Vaccination in Bombay 1889-1901 - 1889-1901
Year: 1889
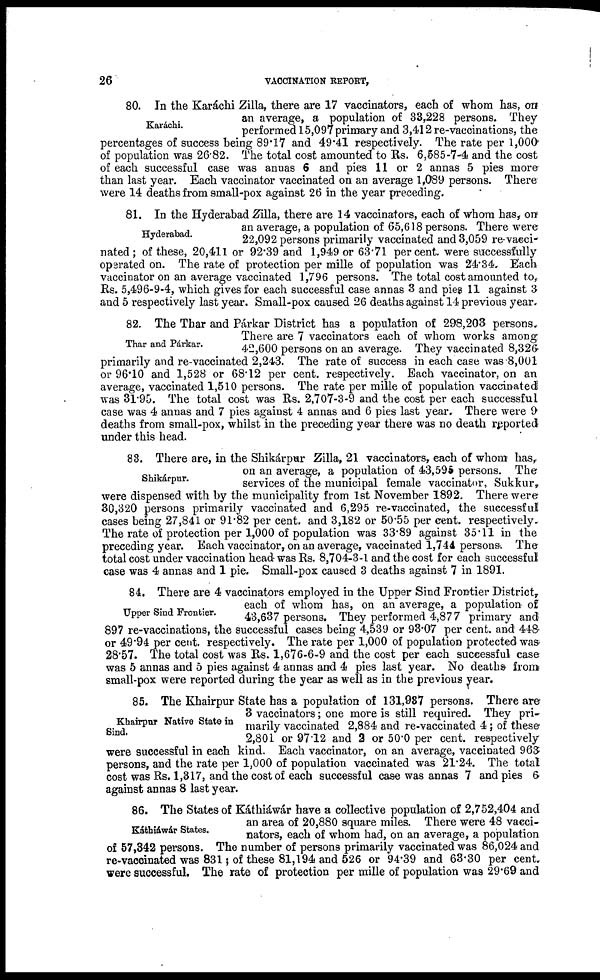
26
VACCINATION REPORT,
Karáchi.
80. In the Karáchi Zilla, there are 17 vaccinators, each of whom has, on
an average, a population of 33,228 persons. They
performed 15,097 primary and 3,412 re-vaccinations, the
percentages of success being 89.17 and 49.41 respectively. The rate per 1,000
of population was 26.82. The total cost amounted to Rs. 6,585-7-4 and the cost
of each successful case was annas 6 and pies 11 or 2 annas 5 pies more
than last year. Each vaccinator vaccinated on an average 1,089 persons. There
were 14 deaths from small-pox against 26 in the year preceding.
Hyderabad.
81. In the Hyderabad Zilla, there are 14 vaccinators, each of whom has, on
an average, a population of 65,618 persons. There were
22,092 persons primarily vaccinated and 3,059 re-vacci-
nated ; of these, 20,411 or 92.39 and 1,949 or 63.71 per cent. were successfully
operated on. The rate of protection per mille of population was 24.34. Each
vaccinator on an average vaccinated 1,796 persons. The total cost amounted to,
Rs. 5,496-9-4, which gives for each successful case annas 3 and pies 11 against 3
and 5 respectively last year. Small-pox caused 26 deaths against 14 previous year.
Thar and Párkar.
82. The Thar and Párkar District has a population of 298,203 persons.
There are 7 vaccinators each of whom works among
42,600 persons on an average. They vaccinated 8,326
primarily and re-vaccinated 2,243. The rate of success in each case was 8,001
or 96.10 and 1,528 or 68.12 per cent. respectively. Each vaccinator, on an
average, vaccinated 1,510 persons. The rate per mille of population vaccinated
was 31.95. The total cost was Rs. 2,707-3-9 and the cost per each successful
case was 4 annas and 7 pies against 4 annas and 6 pies last year. There were 9
deaths from small-pox, whilst in the preceding year there was no death reported
under this head.
Shikárpur.
83. There are, in the Shikárpur Zilla, 21 vaccinators, each of whom has,
on an average, a population of 43,595 persons. The
services of the municipal female vaccinator, Sukkur,
were dispensed with by the municipality from 1st November 1892. There were
30,320 persons primarily vaccinated and 6,295 re-vaccinated, the successful
cases being 27,841 or 91.82 per cent. and 3,182 or 50.55 per cent. respectively.
The rate of protection per 1,000 of population was 33.89 against 35.11 in the
preceding year. Each vaccinator, on an average, vaccinated 1,744 persons. The
total cost under vaccination head was Rs. 8,704-3-1 and the cost for each successful
case was 4 annas and 1 pie. Small-pox caused 3 deaths against 7 in 1891.
Upper Sind Frontier.
84. There are 4 vaccinators employed in the Upper Sind Frontier District,
each of whom has, on an average, a population of
43,637 persons. They performed 4,877 primary and
897 re-vaccinations, the successful cases being 4,539 or 93.07 per cent. and 448
or 49.94 per cent. respectively. The rate per 1,000 of population protected was
28.57. The total cost was Rs. 1,676-6-9 and the cost per each successful case
was 5 annas and 5 pies against 4 annas and 4 pies last year. No deaths from
small-pox were reported during the year as well as in the previous year.
Khairpur Native State in
Sind.
85. The Khairpur State has a population of 131,987 persons. There are
3 vaccinators; one more is still required. They pri-
marily vaccinated 2,884 and re-vaccinated 4; of these
2,801 or 97.12 and 2 or 50.0 per cent. respectively
were successful in each kind. Each vaccinator, on an average, vaccinated 963
persons, and the rate per 1,000 of population vaccinated was 21.24. The total
cost was Rs. 1,317, and the cost of each successful case was annas 7 and pies 6
against annas 8 last year.
Káthiáwár States.
86. The States of Káthiáwár have a collective population of 2,752,404 and
an area of 20,880 square miles. There were 48 vacci-
nators, each of whom had, on an average, a population
of 57,342 persons. The number of persons primarily vaccinated was 86,024 and
re-vaccinated was 831; of these 81,194 and 526 or 94.39 and 63.30 per cent.
were successful. The rate of protection per mille of population was 29.69 and